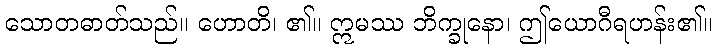
သောတဓာတ်သည်။ ဟောတိ၊ ၏။ ဣမဿ ဘိက္ခုနော၊ ဤယောဂီရဟန်း၏။